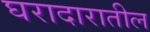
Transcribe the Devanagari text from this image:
घरादारातील